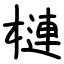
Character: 槤